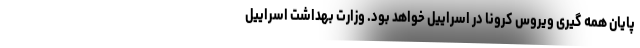
پایان همه گیری ویروس کرونا در اسراییل خواهد بود. وزارت بهداشت اسراییل